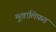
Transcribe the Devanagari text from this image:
मु़खालिफ़त